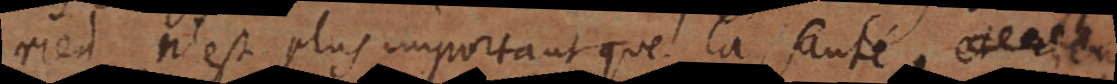
rien n’est plus important que la santé,